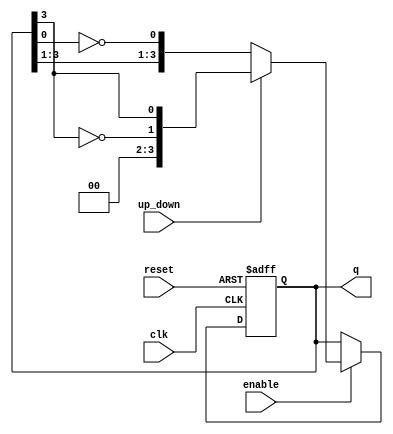
module bidirectional_johnson_counter #(parameter n = 4) (
    input wire clk,            // Clock input
    input wire reset,          // Asynchronous reset
    input wire enable,         // Enable signal
    input wire up_down,        // Count direction control (1 = up, 0 = down)
    output reg [n-1:0] q       // Current state output
);

    // Internal register to hold the state
    reg [n-1:0] state;

    always @(posedge clk or posedge reset) begin
        if (reset) begin
            // Asynchronous reset
            state <= 0;
        end
        else if (enable) begin
            if (up_down) begin
                // Counting up: shift left and feedback
                state <= {~state[n-1], state[n-1:n-1]};
            end
            else begin
                // Counting down: shift right and feedback
                state <= {state[n-1], state[n-1:1], ~state[0]};
            end
        end
    end

    // Assign the current state to the output
    assign q = state;

endmodule